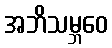
အဘိသမ္ဘဝေ